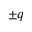
\pm q